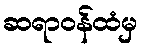
ဆရာဝန်ထံမှ